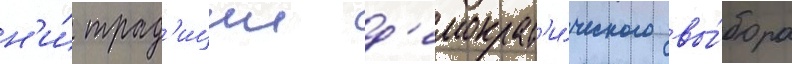
н'и́ трад'иции д'емократ'и́ческого вы́бора